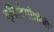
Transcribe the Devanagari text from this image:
एपिस्टेमॉलॉजी